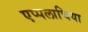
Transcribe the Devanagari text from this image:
एप्पलाचिया